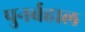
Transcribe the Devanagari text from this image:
पुनर्बहाल